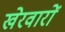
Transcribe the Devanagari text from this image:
खेरवारों